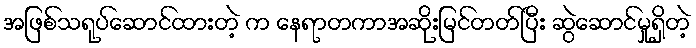
အဖြစ်သရုပ်ဆောင်ထားတဲ့ က နေရာတကာအဆိုးမြင်တတ်ပြီး ဆွဲဆောင်မှုရှိတဲ့